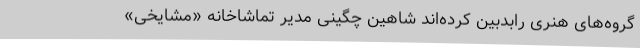
گروه‌های هنری رابدبین کرده‌اند شاهین چگینی مدیر تماشاخانه «مشایخی»